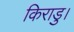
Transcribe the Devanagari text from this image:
किराडु।